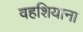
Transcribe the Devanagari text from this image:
वहशियाना